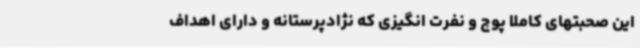
این صحبتهای کاملا پوچ و نفرت انگیزی که نژادپرستانه و دارای اهداف